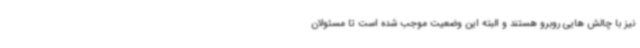
نیز با چالش هایی روبرو هستند و البته این وضعیت موجب شده است تا مسئولان